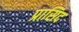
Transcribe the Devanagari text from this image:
प्रासिद